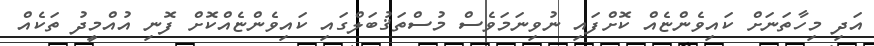
އަދި މިހާތަނަށް ކައިވެންޏެއް ކޮށްފައި ނުވިނަމަވެސް މުސްތަޤުބަލްގައި ކައިވެންޏެއްކޮށް ފޮނި އުއްމީދު ތަކެއް